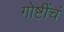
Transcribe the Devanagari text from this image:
गोष्टींचं